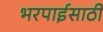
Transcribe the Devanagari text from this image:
भरपाईसाठी